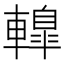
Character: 𨎦